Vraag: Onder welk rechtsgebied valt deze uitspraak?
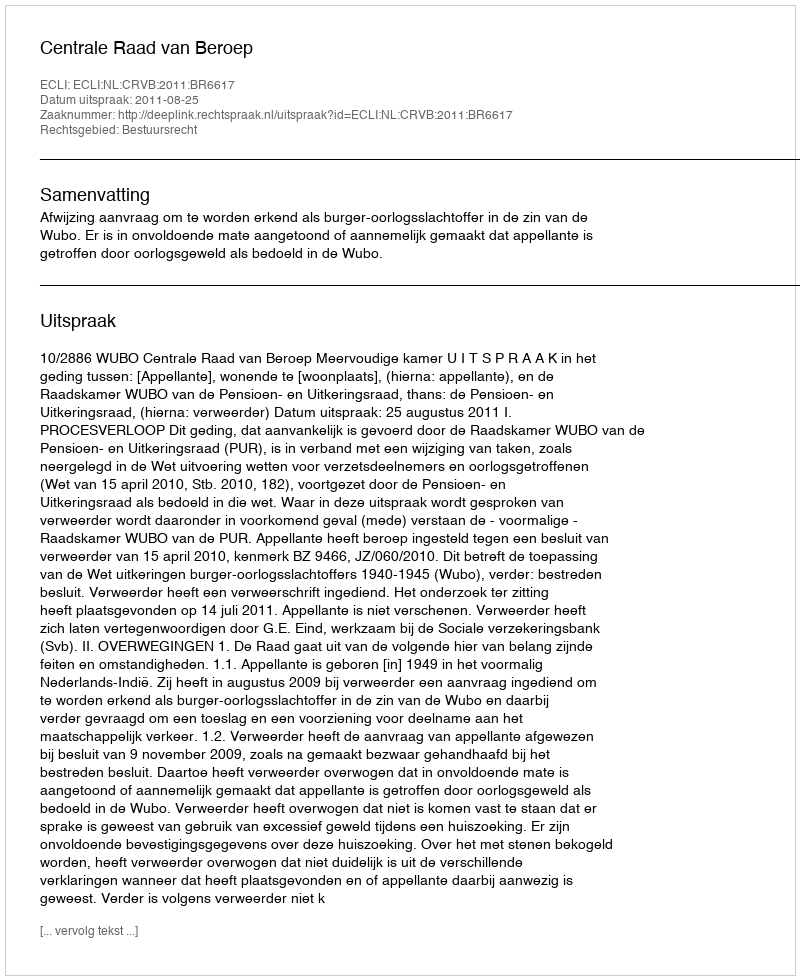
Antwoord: Bestuursrecht